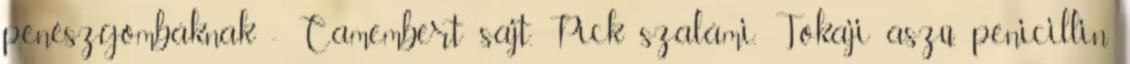
penészgombáknak - Camembert sajt, Pick szalámi, Tokaji aszú, penicillin